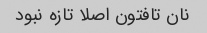
نان تافتون اصلا تازه نبود